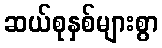
ဆယ်စုနှစ်များစွာ